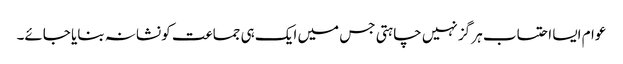
عوام ایسا احتساب ہر گز نہیں چاہتی جس میں ایک ہی جماعت کو نشانہ بنایا جائے۔